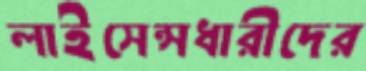
লাইসেন্সধারীদের